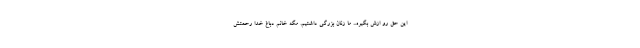
این حق رو ازش بگیره... ما زنان بزرگی داشتیم. مگه خانم دباغ خدا رحمتش